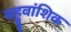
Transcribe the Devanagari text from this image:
बहुवांशिक